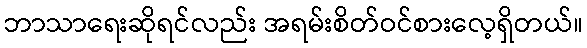
ဘာသာရေးဆိုရင်လည်း အရမ်းစိတ်ဝင်စားလေ့ရှိတယ်။